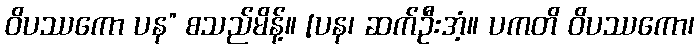
ဝိပဿကော ပန” စသည်မိန့်။ [ပန၊ ဆက်ဦးအံ့။ ပကတိ ဝိပဿကော၊